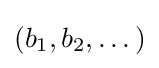
(b_{1},b_{2},\dots )